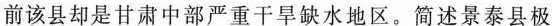
前该县却是甘肃中部严重干旱缺水地区。简述景泰县极